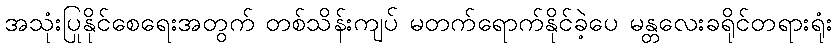
အသုံးပြုနိုင်စေရေးအတွက် တစ်သိန်းကျပ် မတက်ရောက်နိုင်ခဲ့ပေ မန္တလေးခရိုင်တရားရုံး